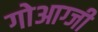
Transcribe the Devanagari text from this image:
गोआग्जी